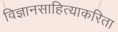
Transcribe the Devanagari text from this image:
विज्ञानसाहित्याकरिता